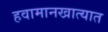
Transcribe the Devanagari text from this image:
हवामानखात्यात